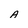
Character: A